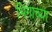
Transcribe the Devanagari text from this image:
भिंगाच्या